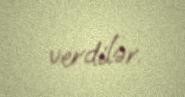
verdilər.